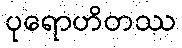
ပုရောဟိတဿ